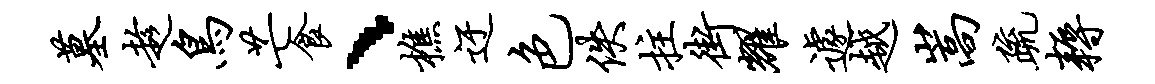
墓趁鸟芒食、樵迂色佚拄街耀遽越嵩疏耨